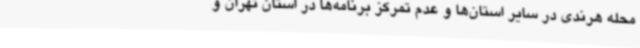
محله هرندی در سایر استان‌ها و عدم تمرکز برنامه‌ها در استان تهران و